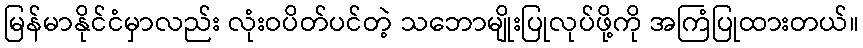
မြန်မာနိုင်ငံမှာလည်း လုံးဝပိတ်ပင်တဲ့ သဘောမျိုးပြုလုပ်ဖို့ကို အကြံပြုထားတယ်။